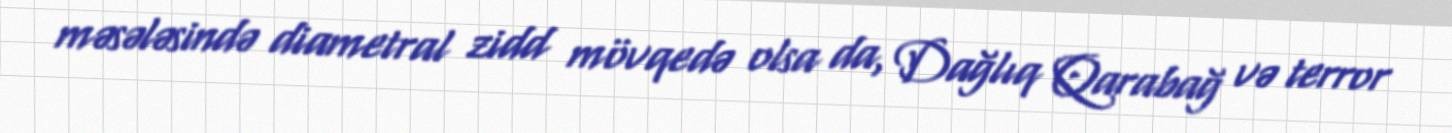
məsələsində diametral zidd mövqedə olsa da, Dağlıq Qarabağ və terror